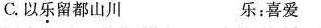
C.以乐留都山川 乐：喜爱